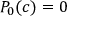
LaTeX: P _ { 0 } ( c ) = 0